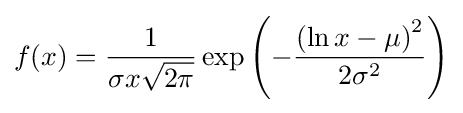
f(x)={\frac {1}{\sigma x{\sqrt {2\pi }}}}\exp \left(-{\frac {{\left(\ln x-\mu \right)}^{2}}{2\sigma ^{2}}}\right)